Report of the Municipal Commissioner on the plague in Bombay for the year ending 31st May... - Volume 2
Disease focus: Plague
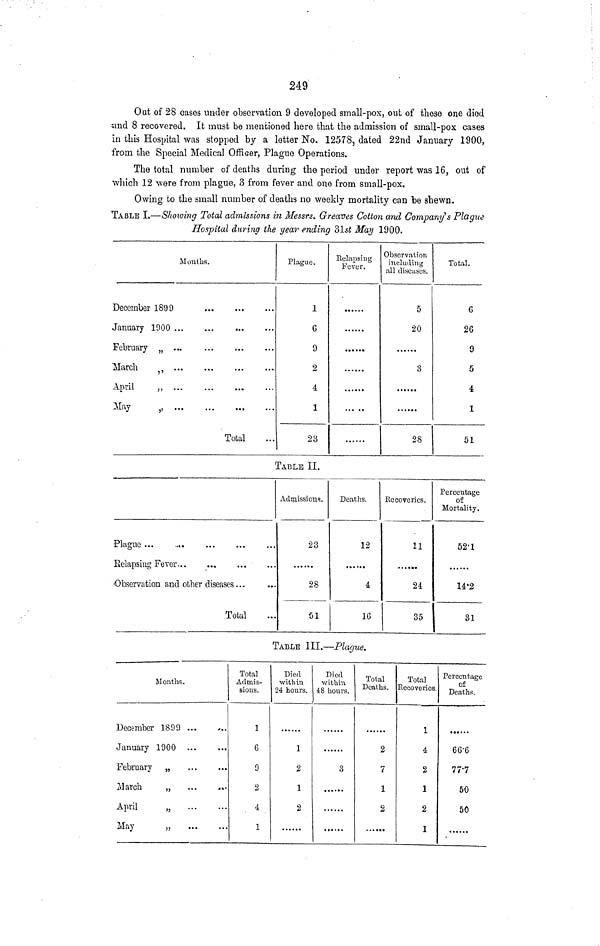
249
Out of 28 cases under observation 9 developed small-pox, out of these one died
smd 8 recovered. It must be mentioned here that the admission of small-pox cases
In this Hospital was stopped by a letter No. 12578, dated 22nd January 1900,
from the Special Medical Officer, Plague Operations.
The total number of deaths during the period under report was 16, out of
\vhich 12 were from plague, 3 from fever and one from small-pox.
Owing to the small number of deaths no weekly mortality can "be shewn.
TABLE I.—Showing Total admissions in Messrs. Greaves Cotton and Company's Plague
Hospital during the year ending 31s£ May 1900.
Mouths.
December 1899
January 1900
February „ ...
March
April
„
May
„
Total
Plague.
1
G
9
2
4
1
23
Relapsing
Fever.
Observation
including
all diseases.
5
20
3
28
Total.
6
26
9
5
4
1
51
TABLE II.
Plague
Relapsing Fever
Observation and other diseases...
Total
Admissions.
23
28
61
Deaths.
12
... >•«
4
16
Recoveries.
11
• • • •**
24
35
Percentage
of
Mortality.
52'1
14-2
31
TABLE III.—Plague.
Months.
December 1899 ...
January 1900
February
„
March
„
April
„
May
„
Total
Admis-
sions.
1
6
9
2
4
1
Died
within
24 hours.
1
2
1
2
Died
within
48 hours.
3
Total
Deaths.
2
7
1
2
Total
Recoveries.
1
4
2
1
2
1
Percentage
of
Deaths.
......
66-6
777
50
50
.